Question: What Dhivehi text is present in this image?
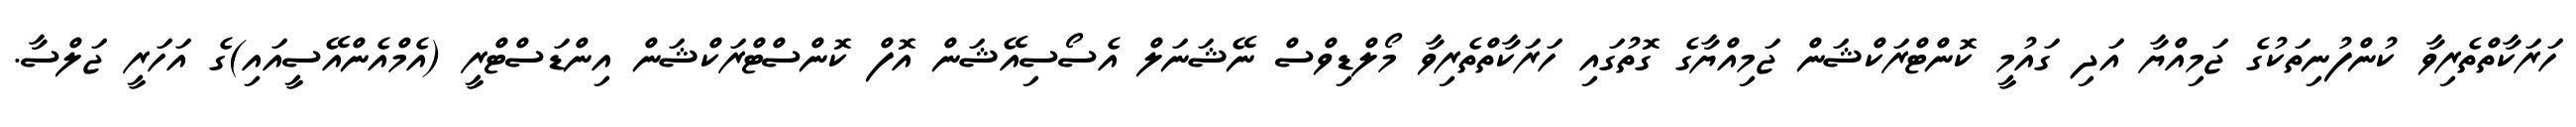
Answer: ހަރަކާތްތެރިވާ ކުންފުނިތަކުގެ ޖަމިއްޔާ އަދި ގައުމީ ކޮންޓްރަކްޝަން ޖަމިއްޔާގެ ގޮތުގައި ހަރަކާތްތެރިވާ މޯލްޑިވްސް ނޭޝަނަލް އެސޯސިއޭޝަން އޮފް ކޮންސްޓްރަކްޝަން އިންޑަސްޓްރީ (އެމްއެންއޭސީއައި)ގެ އަހަރީ ޖަލްސާ.